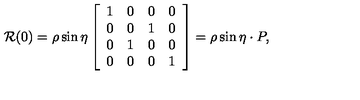
{ \cal R } ( 0 ) = \rho \sin \eta \left[ \begin{array} { c c c c } { 1 } & { 0 } & { 0 } & { 0 } \\ { 0 } & { 0 } & { 1 } & { 0 } \\ { 0 } & { 1 } & { 0 } & { 0 } \\ { 0 } & { 0 } & { 0 } & { 1 } \\ \end{array} \right] = \rho \sin \eta \cdot P ,